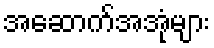
အဆောက်အအုံများ